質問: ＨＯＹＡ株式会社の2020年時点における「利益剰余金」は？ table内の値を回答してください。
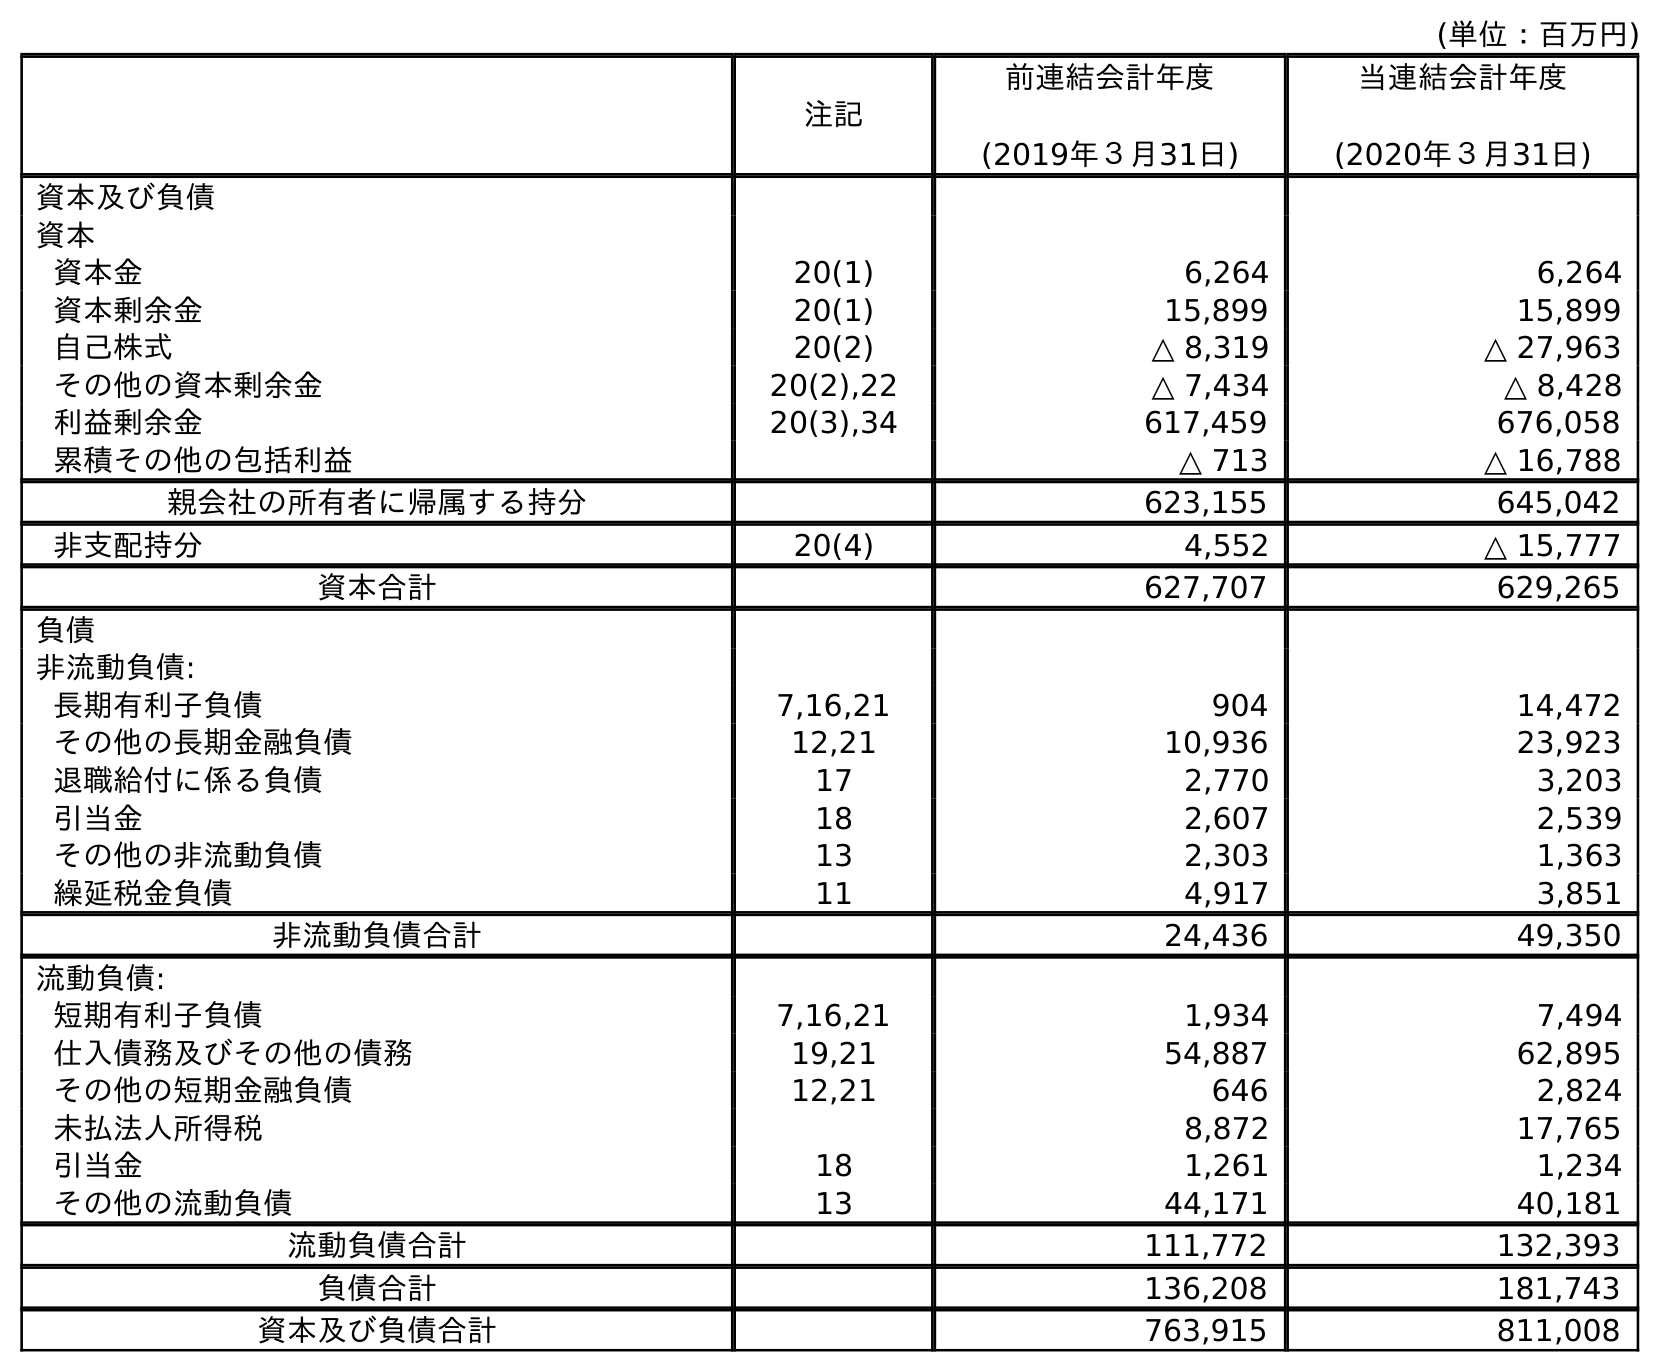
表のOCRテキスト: (単位：百万円) 注記 前連結会計年度 (2019年３月31日) 当連結会計年度 (2020年３月31日) 資本及び負債 資本 資本金 20(1) 6,264 6,264 資本剰余金 20(1) 15,899 15,899 自己株式 20(2) △ 8,319 △ 27,963 その他の資本剰余金 20(2),22 △ 7,434 △ 8,428 利益剰余金 20(3),34 617,459 676,058 累積その他の包括利益 △ 713 △ 16,788 親会社の所有者に帰属する持分 623,155 645,042 非支配持分 20(4) 4,552 △ 15,777 資本合計 627,707 629,265 負債 非流動負債: 長期有利子負債 7,16,21 904 14,472 その他の長期金融負債 12,21 10,936 23,923 退職給付に係る負債 17 2,770 3,203 引当金 18 2,607 2,539 その他の非流動負債 13 2,303 1,363 繰延税金負債 11 4,917 3,851 非流動負債合計 24,436 49,350 流動負債: 短期有利子負債 7,16,21 1,934 7,494 仕入債務及びその他の債務 19,21 54,887 62,895 その他の短期金融負債 12,21 646 2,824 未払法人所得税 8,872 17,765 引当金 18 1,261 1,234 その他の流動負債 13 44,171 40,181 流動負債合計 111,772 132,393 負債合計 136,208 181,743 資本及び負債合計 763,915 811,008
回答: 676,058